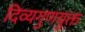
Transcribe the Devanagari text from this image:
दिव्यगुणयुक्त